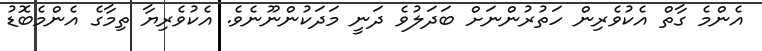
އެންމެ ގާތް އެކުވެރިން ހަތުރުންނަށް ބަދަލުވެ ދަނީ މަދަކުންނޫނެވެ. އެކުވެރިޔާ ތިމާގެ އެންމެބޮޑު